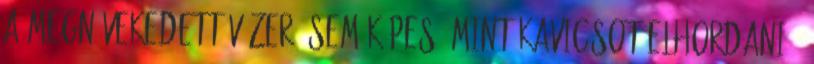
a megnövekedett vízerõ sem képes, mint kavicsot elhordani -